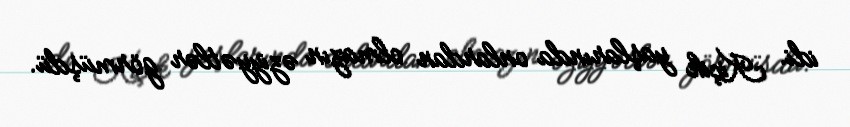
idi. Kiçik yaşlarında onlardan olmazın əziyyətlər görmüşdü.